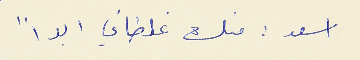
اسعد : منك غلطاني ابداً